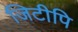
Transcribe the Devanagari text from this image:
जिटीपि